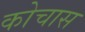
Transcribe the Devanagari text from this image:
कोचास